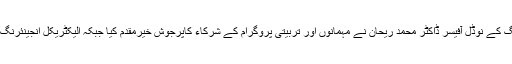
یونیورسٹی کے شعبۂ بجلی کے ممبر انچارج اور شمسی توانائی ٹریننگ کے نوڈل آفیسر ڈاکٹر محمد ریحان نے مہمانوں اور تربیتی پروگرام کے شرکاء کاپرجوش خیرمقدم کیا جبکہ الیکٹریکل انجینئرنگ شعبہ کے سربراہ پروفیسر امتیاز اشرف نے حاضرین کا شکریہ ادا کیا۔